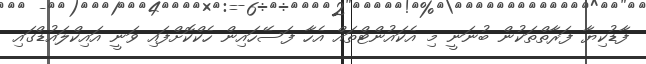
ފާޑުކިޔާ ފަރާތްތަކުން ބުނަނީ މި އެކައުންޓްތައް އެހާ ފަސޭހައިން ހެކްކޮށްފައި ވަނީ އައިކްލައުޑްގައި